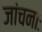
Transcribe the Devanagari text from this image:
जांचनाः